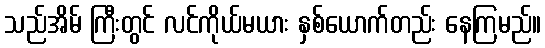
သည်အိမ် ကြီးတွင် လင်ကိုယ်မယား နှစ်ယောက်တည်း နေကြမည်။